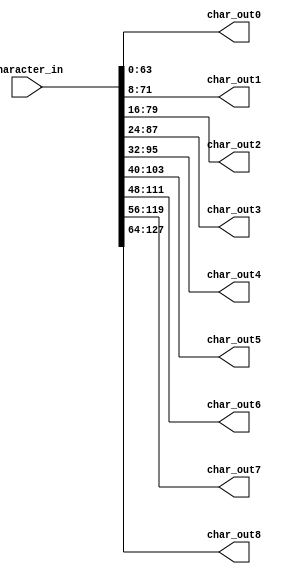
`timescale 1ns / 1ps
//////////////////////////////////////////////////////////////////////////////////
// Company: 
// Engineer: 
// 
// Design Name: 
// Module Name:    character_distributor 
// Project Name: 
// Target Devices: 
// Tool versions: 
// Description: 
//
// Dependencies: 
//
// Revision: 
// Revision 0.01 - File Created
// Additional Comments: 
//
//////////////////////////////////////////////////////////////////////////////////
module character_distributor(
    input [127:0] character_in,
    output [63:0] char_out0,
    output [63:0] char_out1,
    output [63:0] char_out2,
    output [63:0] char_out3,
    output [63:0] char_out4,
    output [63:0] char_out5,
    output [63:0] char_out6,
    output [63:0] char_out7,
    output [63:0] char_out8
    );

	 assign char_out0 = character_in[63:0];
	 assign char_out1 = character_in[71:8];
	 assign char_out2 = character_in[79:16];
	 assign char_out3 = character_in[87:24];
	 assign char_out4 = character_in[95:32];
	 assign char_out5 = character_in[103:40];
	 assign char_out6 = character_in[111:48];
	 assign char_out7 = character_in[119:56];
	 assign char_out8 = character_in[127:64];

endmodule